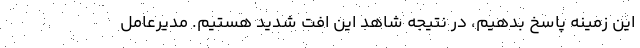
این زمینه پاسخ بدهیم، در نتیجه شاهد این افت شدید هستیم. مدیرعامل